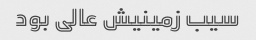
سیب زمینیش عالی بود